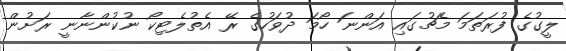
ލީގުގެ ފުރަތަމަ މެޗުގައި އަންނަ ހޯމަ ދުވަހުގެ ރޭ އެތުލެޓިކޯ ނުކުންނާނީ ރަށުން